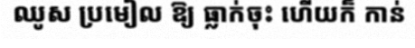
ឈូស ប្រមៀល ឱ្យ ធ្លាក់ចុះ ហើយក៏ កាន់